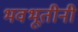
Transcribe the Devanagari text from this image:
भवभूतीनी